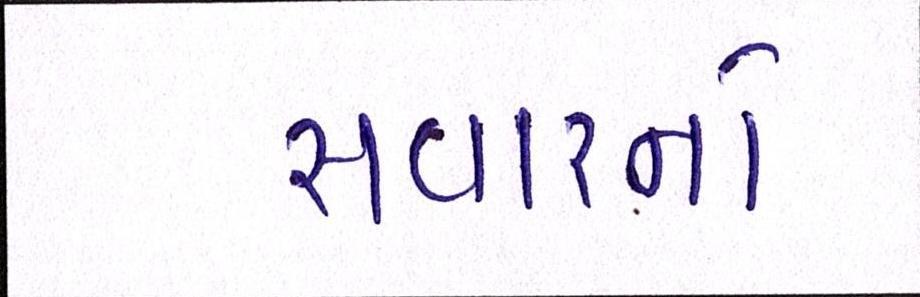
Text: સવારનો